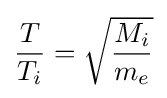
{\frac {T}{T_{i}}}={\sqrt {\frac {M_{i}}{m_{e}}}}